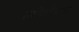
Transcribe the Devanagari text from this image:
लोयोनार्ड